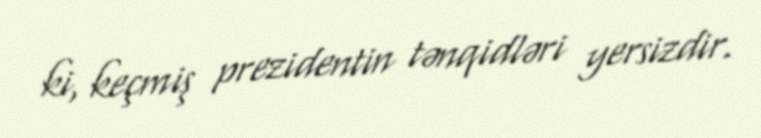
ki, keçmiş prezidentin tənqidləri yersizdir.